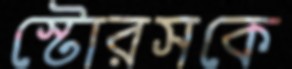
স্টোরসকে